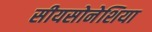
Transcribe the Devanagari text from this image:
सीयसोनेशिया